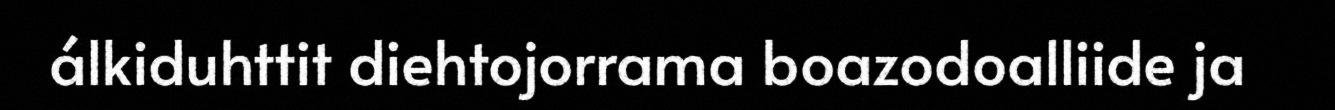
álkiduhttit diehtojorrama boazodoalliide ja